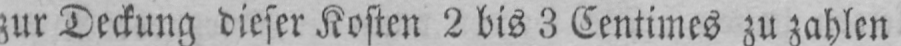
zur Deckung dieser Kosten 2 bis 3 Centimes zu zahlen